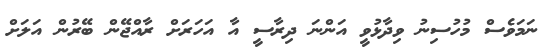
ނަމަވެސް މުހުސިނު ވިދާޅުވީ އަންނަ ދިރާސީ އާ އަހަރަށް ރާއްޖޭން ބޭރުން އަލަށް